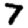
Digit: 7